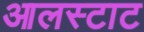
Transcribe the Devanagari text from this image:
आलस्टाट